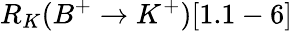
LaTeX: R_{K}(B^{+}\to K^{+})[1.1-6]